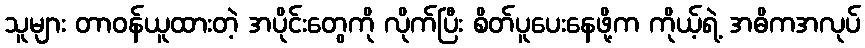
သူများ တာဝန်ယူထားတဲ့ အပိုင်းတွေကို လိုက်ပြီး စိတ်ပူပေးနေဖို့က ကိုယ့်ရဲ့ အဓိကအလုပ်